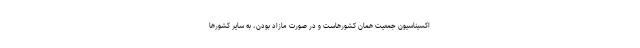
اکسیناسیون جمعیت همان کشورهاست و در صورت مازاد بودن، به سایر کشورها